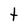
Character: t